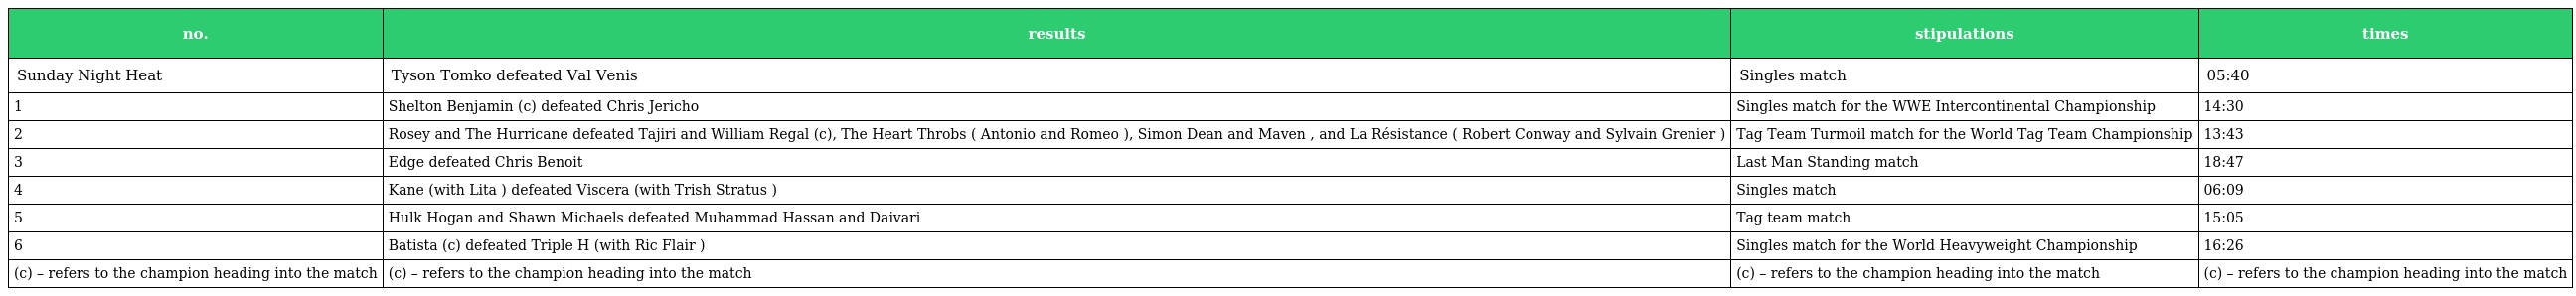
| no. | results | stipulations | times |
 | --- | --- | --- | --- |
 | Sunday Night Heat | Tyson Tomko defeated Val Venis | Singles match | 05:40 |
 | 1 | Shelton Benjamin (c) defeated Chris Jericho | Singles match for the WWE Intercontinental Championship | 14:30 |
 | 2 | Rosey and The Hurricane defeated Tajiri and William Regal (c), The Heart Throbs ( Antonio and Romeo ), Simon Dean and Maven , and La Résistance ( Robert Conway and Sylvain Grenier ) | Tag Team Turmoil match for the World Tag Team Championship | 13:43 |
 | 3 | Edge defeated Chris Benoit | Last Man Standing match | 18:47 |
 | 4 | Kane (with Lita ) defeated Viscera (with Trish Stratus ) | Singles match | 06:09 |
 | 5 | Hulk Hogan and Shawn Michaels defeated Muhammad Hassan and Daivari | Tag team match | 15:05 |
 | 6 | Batista (c) defeated Triple H (with Ric Flair ) | Singles match for the World Heavyweight Championship | 16:26 |
 | (c) – refers to the champion heading into the match | (c) – refers to the champion heading into the match | (c) – refers to the champion heading into the match | (c) – refers to the champion heading into the match |